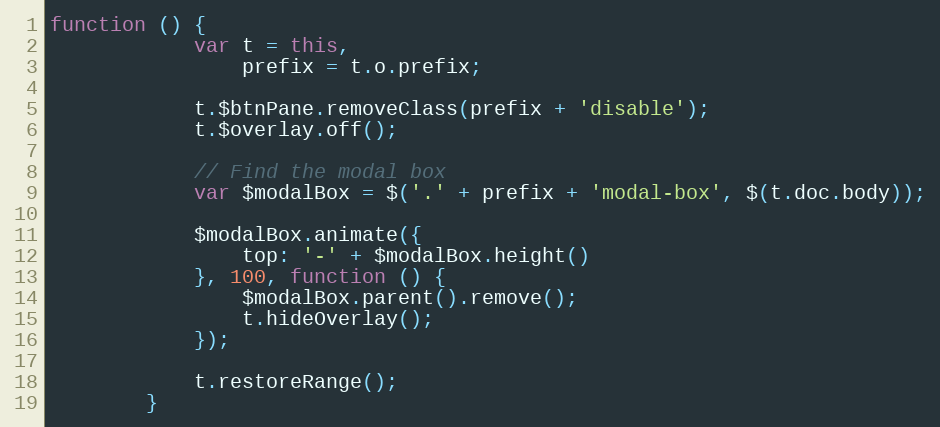
Language: JavaScript
function () {
            var t = this,
                prefix = t.o.prefix;

            t.$btnPane.removeClass(prefix + 'disable');
            t.$overlay.off();

            // Find the modal box
            var $modalBox = $('.' + prefix + 'modal-box', $(t.doc.body));

            $modalBox.animate({
                top: '-' + $modalBox.height()
            }, 100, function () {
                $modalBox.parent().remove();
                t.hideOverlay();
            });

            t.restoreRange();
        }